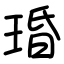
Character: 琘